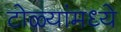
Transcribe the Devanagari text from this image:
टोळ्यांमध्ये